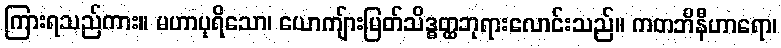
ကြားရသည်ကား။ မဟာပုရိသော၊ ယောကျ်ားမြတ်သိဒ္ဓတ္ထဘုရားလောင်းသည်။ ကတဘိနီဟာရော၊